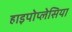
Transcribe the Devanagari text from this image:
हाइपोप्लेसिया